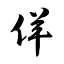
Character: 佯